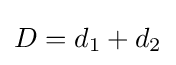
D=d_{1}+d_{2}